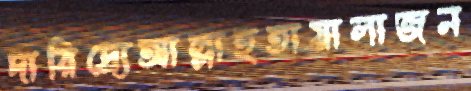
দারিদ্র্যেআল্লাহতায়ালাজন